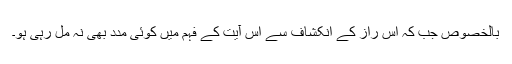
بالخصوص جب کہ اس راز کے انکشاف سے اس آیت کے فہم میں کوئی مدد بھی نہ مل رہی ہو۔